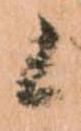
候